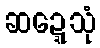
ဆဍ္ဍေသုံ